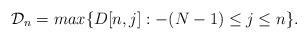
LaTeX: \begin{align*} \mathcal{D}_n = max\{D[n,j]:-(N-1) \leq j \leq n \}.\end{align*}